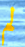
لم